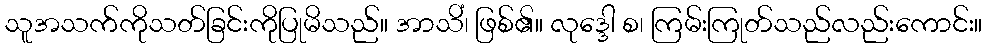
သူအသက်ကိုသတ်ခြင်းကိုပြုမိသည်။ အာသိံ၊ ဖြစ်၏။ လုဒ္ဒေါ စ၊ ကြမ်းကြုတ်သည်လည်းကောင်း။